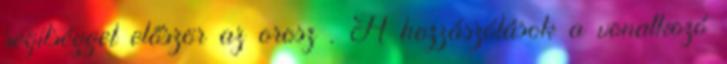
segítséggel először az orosz . A hozzászólások a vonatkozó